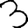
Digit: 3